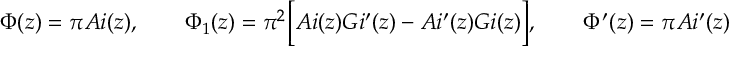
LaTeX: \Phi ( z ) = \pi A i ( z ) , \qquad \Phi _ { 1 } ( z ) = \pi ^ { 2 } \Bigl [ A i ( z ) G i ^ { \prime } ( z ) - A i ^ { \prime } ( z ) G i ( z ) \Bigr ] , \qquad \Phi ^ { \prime } ( z ) = \pi A i ^ { \prime } ( z )